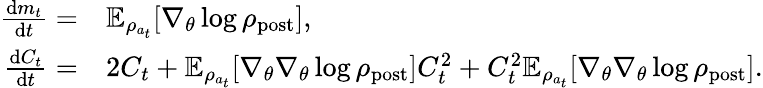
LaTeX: \begin{array}{rl}{\frac{\mathrm{d}m_{t}}{\mathrm{d}t}=}&{\mathbb{E}_{\rho_{a_{t}}}[\nabla_{\theta}\log\rho_{\mathrm{post}}],}\\ {\frac{\mathrm{d}C_{t}}{\mathrm{d}t}=}&{2C_{t}+\mathbb{E}_{\rho_{a_{t}}}[\nabla_{\theta}\nabla_{\theta}\log\rho_{\mathrm{post}}]C_{t}^{2}+C_{t}^{2}\mathbb{E}_{\rho_{a_{t}}}[\nabla_{\theta}\nabla_{\theta}\log\rho_{\mathrm{post}}].}\end{array}